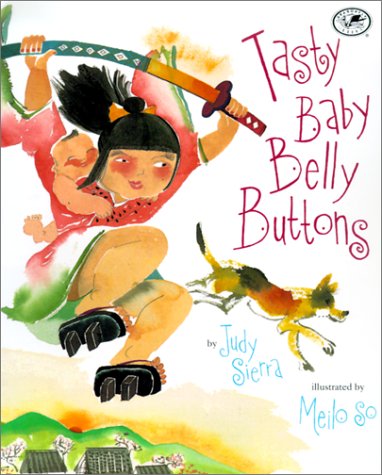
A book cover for Tasty Baby Belly Buttons; Judy Sierra; Children's Books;